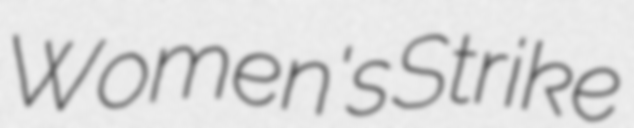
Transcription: Women's Strike